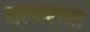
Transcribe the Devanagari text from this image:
थरथराना